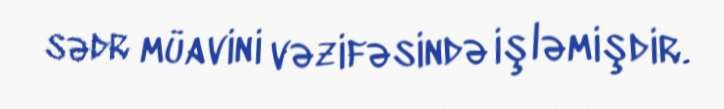
sədr müavini vəzifəsində işləmişdir.